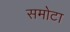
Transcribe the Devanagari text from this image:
समोटा